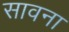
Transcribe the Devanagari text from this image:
सावना